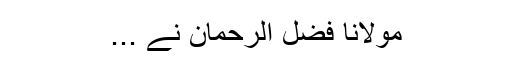
مولانا فضل الرحمان نے ...